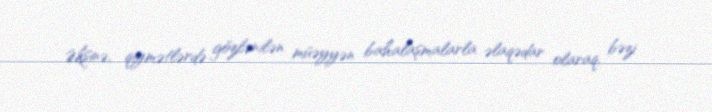
Əksinə, qiymətlərdə gözlənilən müəyyən bahalaşmalarla əlaqədar olaraq, bəzi